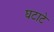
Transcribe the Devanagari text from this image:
घटाटे